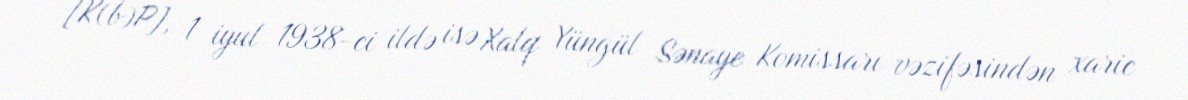
[K(b)P], 1 iyul 1938-ci ildə isə Xalq Yüngül Sənaye Komissarı vəzifəsindən xaric